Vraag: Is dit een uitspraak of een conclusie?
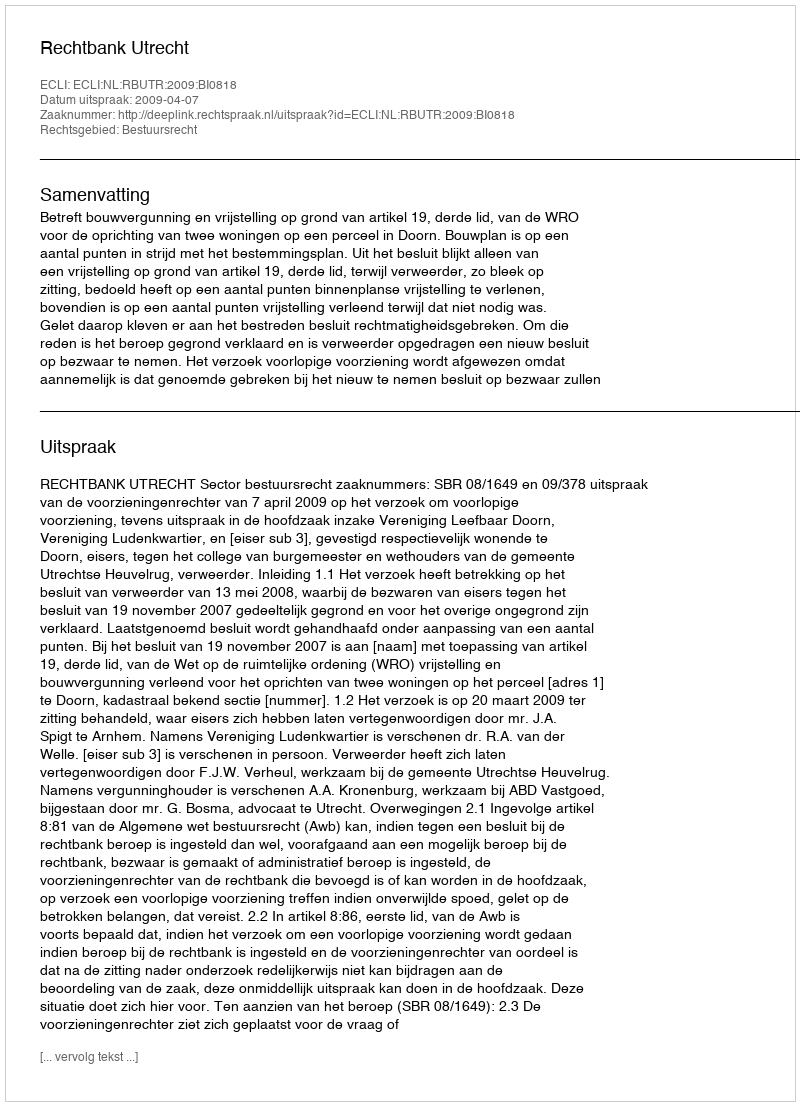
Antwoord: Uitspraak